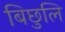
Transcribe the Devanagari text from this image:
बिछुलि